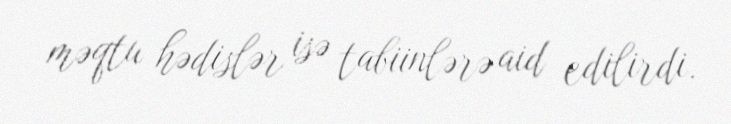
məqtu hədislər isə tabiinlərə aid edilirdi.